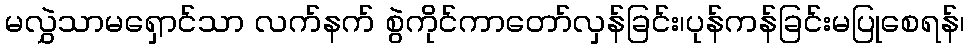
မလွှဲသာမရှောင်သာ လက်နက် စွဲကိုင်ကာတော်လှန်ခြင်း၊ပုန်ကန်ခြင်းမပြုစေရန်၊